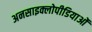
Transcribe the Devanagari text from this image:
अनसाइक्लोपीडियाओं